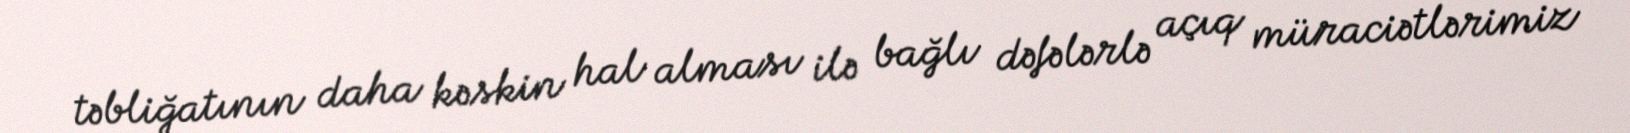
təbliğatının daha kəskin hal alması ilə bağlı dəfələrlə açıq müraciətlərimiz